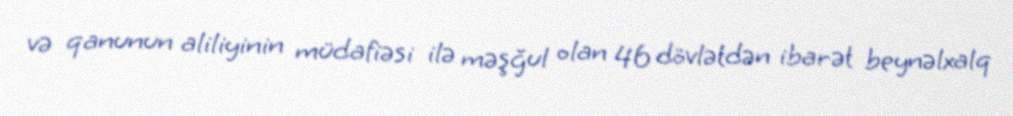
və qanunun aliliyinin müdafiəsi ilə məşğul olan 46 dövlətdən ibarət beynəlxalq